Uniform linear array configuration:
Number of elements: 32
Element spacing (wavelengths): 0.75
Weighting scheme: hann
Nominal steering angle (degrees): -45
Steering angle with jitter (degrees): -45.62
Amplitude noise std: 0.05
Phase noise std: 0.05

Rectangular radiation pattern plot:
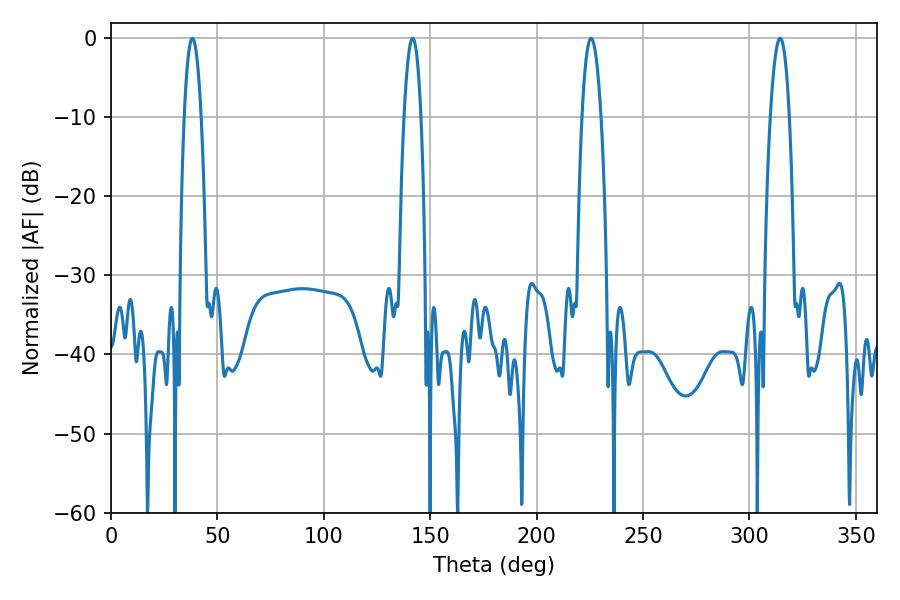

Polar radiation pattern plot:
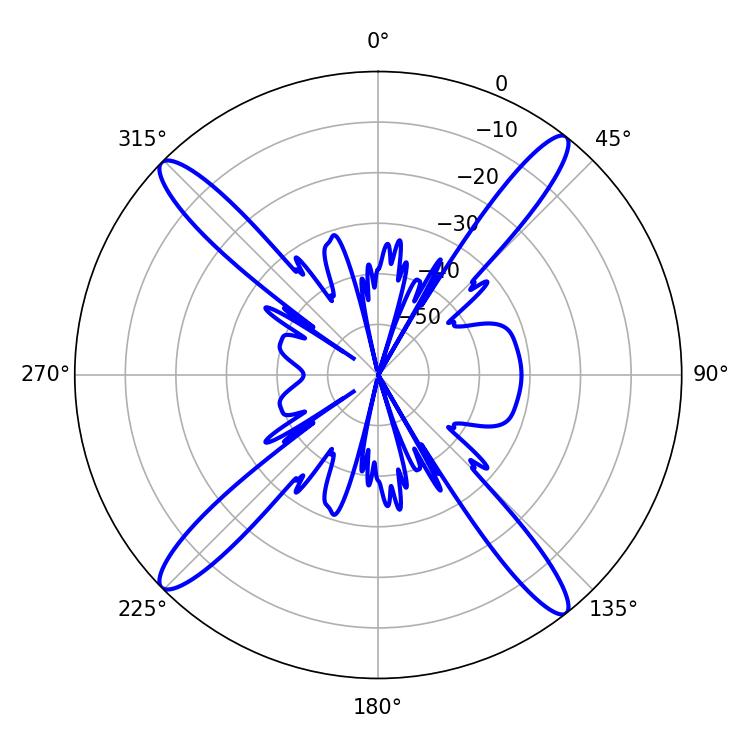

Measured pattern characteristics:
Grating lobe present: TRUE
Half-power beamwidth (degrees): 4.86
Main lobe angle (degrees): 225.54